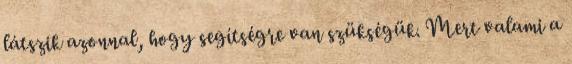
látszik azonnal, hogy segítségre van szükségük. Mert valami a